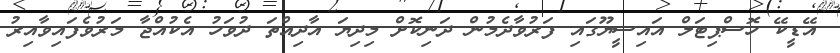
އޭޑީކޭ ހޮސްޕިޓަލް އައިސީޔޫގައި ފަރުވާދެމުން ދަނިކޮށް މިދިޔަ އާދިއްތަ ދުވަހު އެކުއްޖާ މަރުވެފައިވާއިރު